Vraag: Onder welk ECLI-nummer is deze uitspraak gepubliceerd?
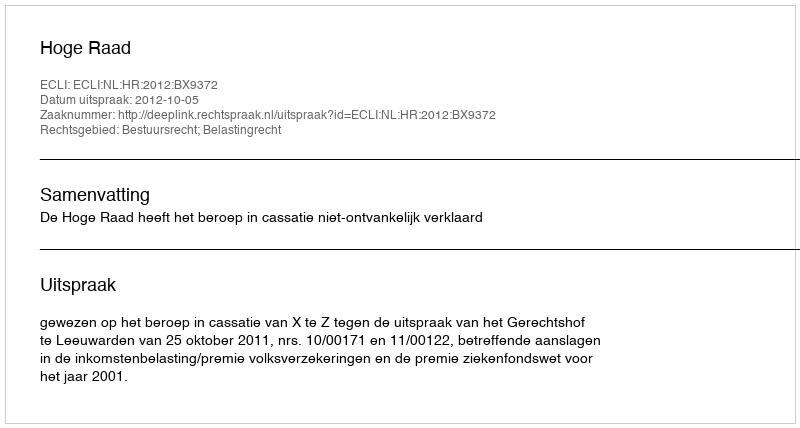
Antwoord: ECLI:NL:HR:2012:BX9372